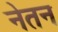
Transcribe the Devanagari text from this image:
नेतन